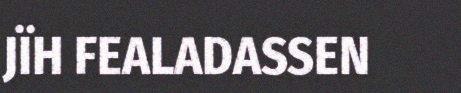
JÏH FEALADASSEN